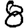
Digit: 8